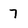
Character: 7